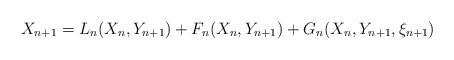
LaTeX: \begin{align*}X_{n+1} = L_n(X_n, Y_{n+1})+ F_n(X_n, Y_{n+1}) + G_n(X_n,Y_{n+1},\xi_{n+1})\end{align*}